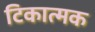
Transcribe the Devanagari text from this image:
टिकात्मक